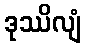
ဒုဿိလျံ